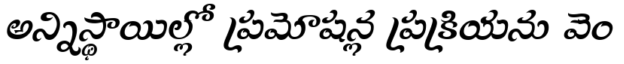
అన్నిస్థాయిల్లో ప్రమోషన్ల ప్రక్రియను వెం